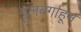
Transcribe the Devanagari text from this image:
गुलबर्गाहून